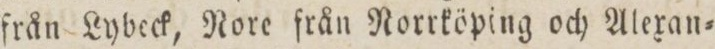
från Lybeck, Nore från Norrköping och Alexan=